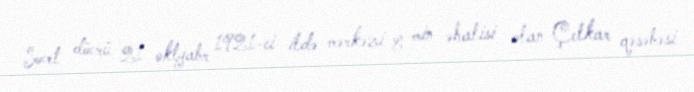
Sovet dövrü 21 oktyabr 1921-ci ildə mərkəzi 8 min əhalisi olan Çelkar qəsəbəsi